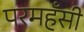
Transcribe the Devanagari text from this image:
परमहँसी